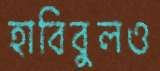
হাবিবুলও